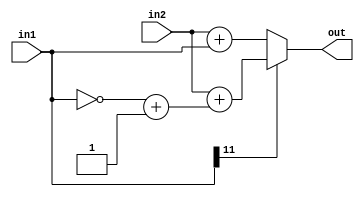
module adder12bit (in1, in2, out);
  input [11:0] in1, in2;
  output[11:0] out;
  assign out = (in1[11]) ? in2 +(~(in1)+1) : in2 + in1;
endmodule